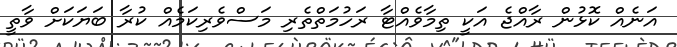
އަނެއް ކޮޅުން ރާއްޖެ އަކީ ތިމާވެއްޓާ ރަހުމަތްތެރި މަސްވެރިކަމެއް ކުރާ ބަޔަކަށް ވާތީ